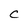
Character: C